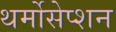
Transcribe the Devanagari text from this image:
थर्मोसेप्शन